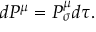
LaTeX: d P ^ { \mu } = P _ { \sigma } ^ { \mu } d \tau .